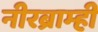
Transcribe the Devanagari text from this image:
नीरब्राम्‍ही